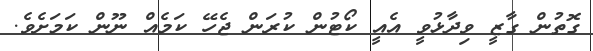
ގޮތުން ގާޒީ ވިދާޅުވީ އެއީ ކޯޓުން ކުރަން ޖެހޭ ކަމެއް ނޫން ކަމަށެވެ.